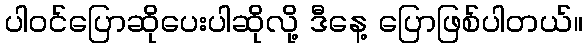
ပါဝင်ပြောဆိုပေးပါဆိုလို့ ဒီနေ့ ပြောဖြစ်ပါတယ်။